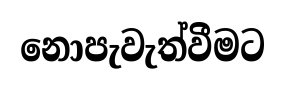
නොපැවැත්වීමට